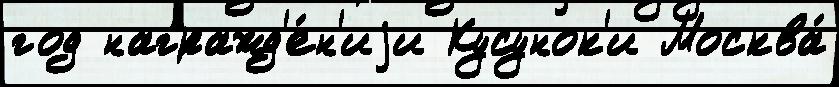
год награжд'е́н'иjи Кусунок'и Москва́